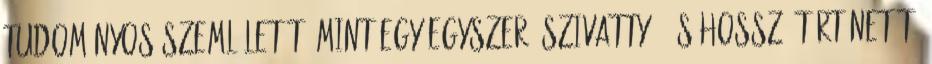
tudományos szemléletét, mint egy egyszerű szivattyú, és hosszú történetét,